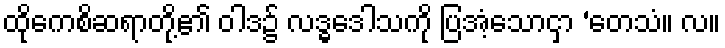
ထိုကေစိဆရာတို့၏ ဝါဒ၌ လဒ္ဓဒေါသကို ပြအံ့သောငှာ ‘တေသံ။ လ။